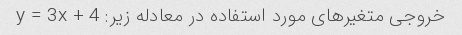
خروجی متغیرهای مورد استفاده در معادله زیر: y = 3x + 4